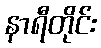
နာရီတိုင်း